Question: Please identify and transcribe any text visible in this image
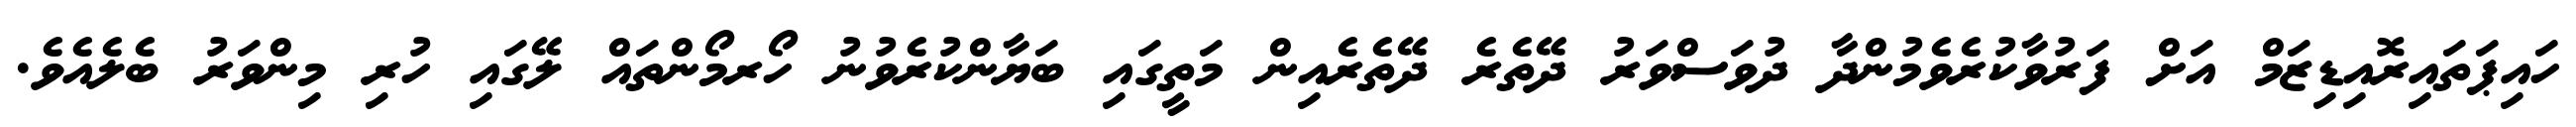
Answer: ހައިޕަތައިރޮއިޑިޒަމް އަށް ފަރުވާކުރެވެމުންދާ ދުވަސްވަރު ދޭތެރެ ދޭތެރެއިން މަތީގައި ބަޔާންކުރެވުނު ހޯރމޯންތައް ލޭގައި ހުރި މިންވަރު ބެލެއެވެ.